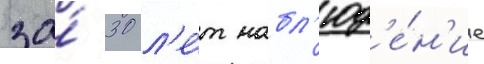
за́ 30 л'е́т набл'юд'е́н'ие